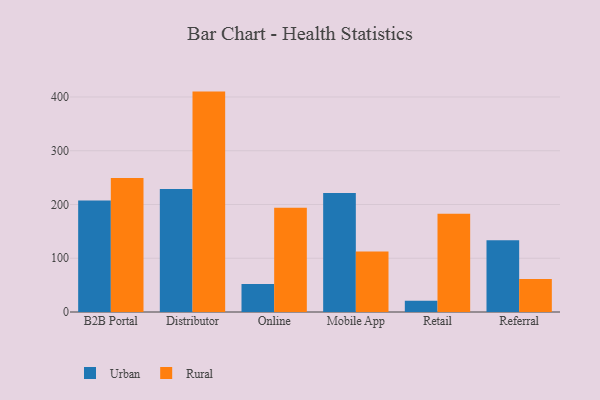
{"axis": {"x": "Channel", "y": "Bounce Rate (%)"}, "legend": ["Rural", "Urban"], "data": [{"x": "B2B Portal", "y": 207.2, "type": "Urban"}, {"x": "B2B Portal", "y": 249.3, "type": "Rural"}, {"x": "Distributor", "y": 228.6, "type": "Urban"}, {"x": "Distributor", "y": 410.0, "type": "Rural"}, {"x": "Online", "y": 52.0, "type": "Urban"}, {"x": "Online", "y": 193.8, "type": "Rural"}, {"x": "Mobile App", "y": 221.6, "type": "Urban"}, {"x": "Mobile App", "y": 112.4, "type": "Rural"}, {"x": "Retail", "y": 20.8, "type": "Urban"}, {"x": "Retail", "y": 183.0, "type": "Rural"}, {"x": "Referral", "y": 133.5, "type": "Urban"}, {"x": "Referral", "y": 61.6, "type": "Rural"}]}